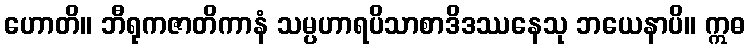
ဟောတိ။ ဘီရုကဇာတိကာနံ သမ္ပဟာရပိသာစာဒိဒဿနေသု ဘယေနာပိ။ ဣဓ